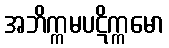
အဘိက္ကမပဋိက္ကမော